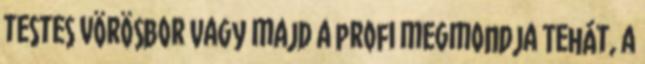
testes vörösbor Vagy majd a profi megmondja Tehát, a